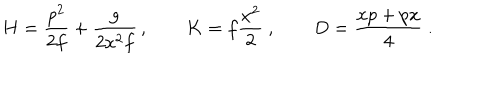
H = { \frac { p ^ { 2 } } { 2 f } } + { \frac { g } { 2 x ^ { 2 } f } } \, , \qquad K = f { \frac { x ^ { 2 } } { 2 } } \ , \qquad D = { \frac { x p + p x } { 4 } } \ .